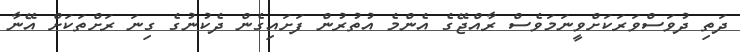
ދަތި ދުވަސްވަރަކަށްވީނަމަވެސް ރާއްޖޭގެ އެންމެ އުތުރުން ފަށައިގެން ދެކުނުގެ ގިނަ ރަށްތަކަށް އޭނާ